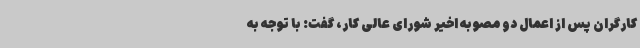
کارگران پس از اعمال دو مصوبه اخیر شورای عالی کار، گفت: با توجه به